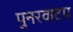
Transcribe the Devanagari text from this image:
पुनरवाटप